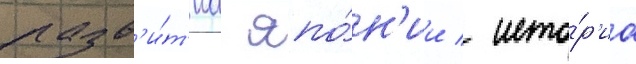
разв'и́т'иа япо́н'ии / исто́р'иа